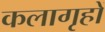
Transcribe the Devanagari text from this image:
कलागृहों